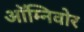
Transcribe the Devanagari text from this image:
ऑम्निवोर